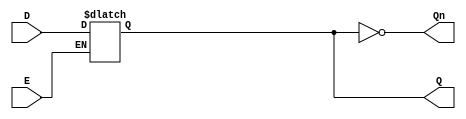
module GatedDLatch (
    input wire D,    // Data input
    input wire E,    // Enable input
    output reg Q,    // Output signal
    output wire Qn   // Complement of Q
);

// Complement of Q
assign Qn = ~Q;

// Always block to implement the gated latch behavior
always @ (E or D) begin
    if (E) begin
        Q <= D;  // When E is high, Q follows D
    end
    // When E is low, Q retains its value (no action needed)
end

endmodule